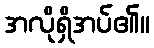
အလိုရှိအပ်၏။